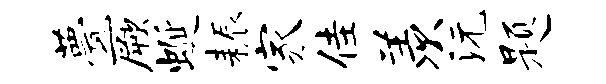
甍厥蜒耨家佳羡沅题